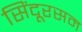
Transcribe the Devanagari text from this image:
सिंदूरसम